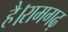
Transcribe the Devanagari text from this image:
है।रामगढ़